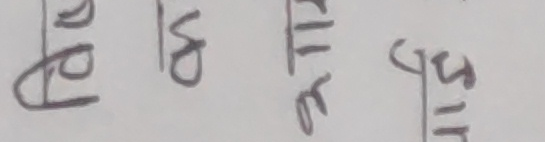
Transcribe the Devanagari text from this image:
डेढ बड मिलि सिरि